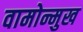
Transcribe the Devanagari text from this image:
वामोन्मुख